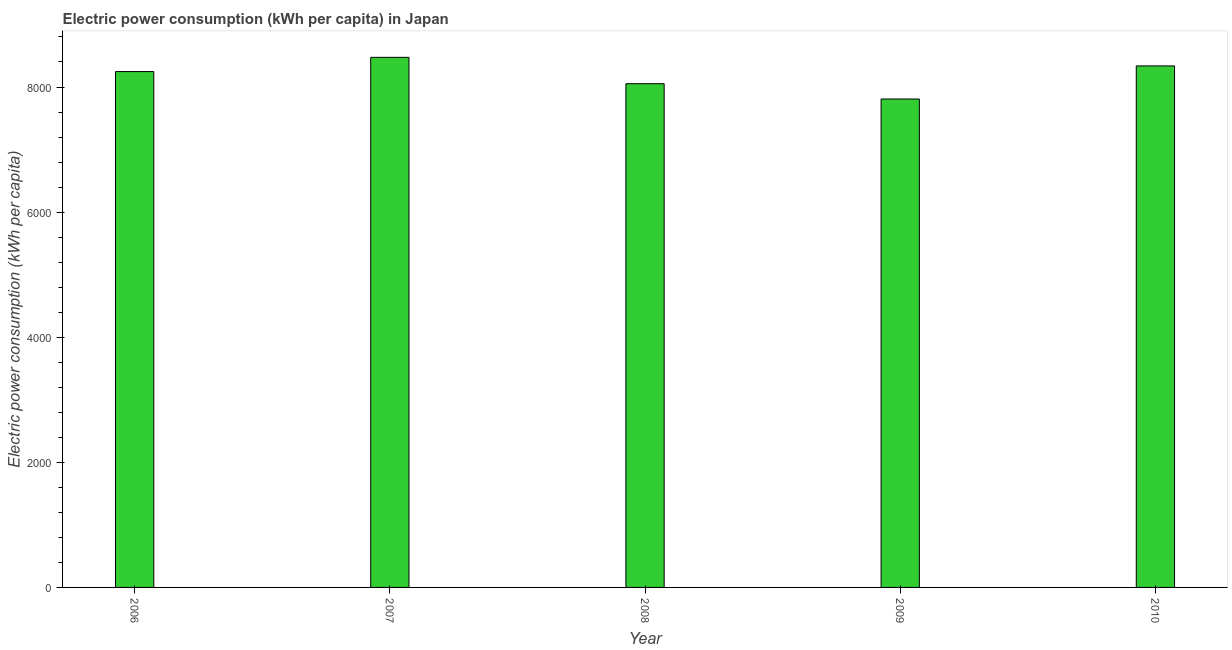
| Year | Electric power consumption |
 | --- | --- |
 | 2006 | 8.25e+03 |
 | 2007 | 8.47e+03 |
 | 2008 | 8.05e+03 |
 | 2009 | 7.81e+03 |
 | 2010 | 8.34e+03 |